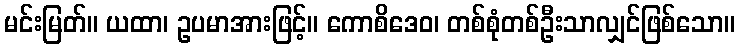
မင်းမြတ်။ ယထာ၊ ဥပမာအားဖြင့်။ ကောစိဒေဝ၊ တစ်စုံတစ်ဦးသာလျှင်ဖြစ်သော။